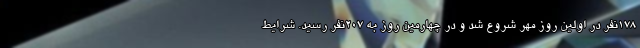
۱۷۸نفر در اولین روز مهر شروع شد و در چهارمین روز به ۲۰۷نفر رسید. شرایط